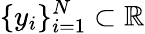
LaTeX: \{ y_{i}\} _{i=1}^{N}\subset\mathbb{R}